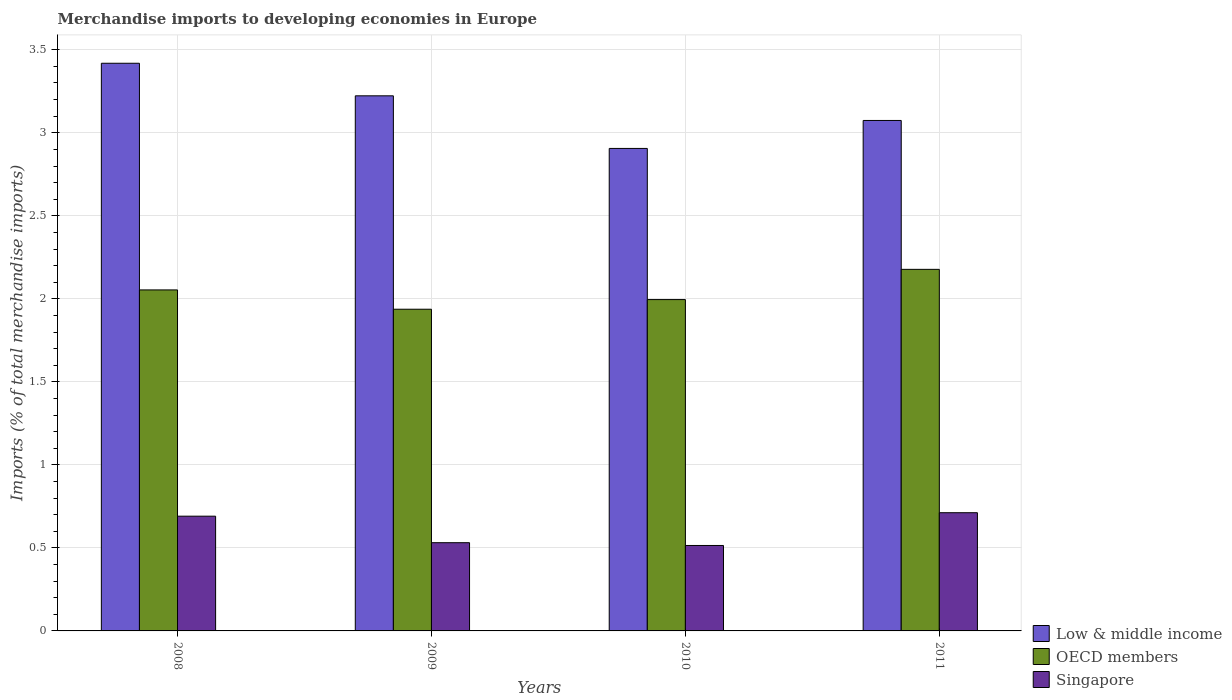
| Years | Low & middle income | OECD members | Singapore |
 | --- | --- | --- | --- |
 | 2008 | 3.42 | 2.05 | 0.691 |
 | 2009 | 3.22 | 1.94 | 0.531 |
 | 2010 | 2.91 | 2 | 0.515 |
 | 2011 | 3.07 | 2.18 | 0.712 |